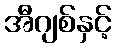
အီဂျစ်နှင့်